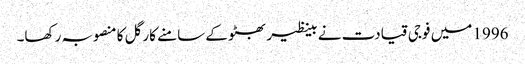
1996 میں فوجی قیادت نے بینظیر بھٹو کے سامنے کارگل کا منصوبہ رکھا۔